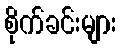
စိုက်ခင်းများ